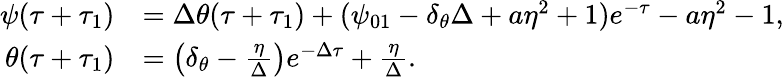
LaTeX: \begin{array}{rl}{\psi(\tau+\tau_{1})}&{=\Delta\theta(\tau+\tau_{1})+(\psi_{01}-\delta_{\theta}\Delta+a\eta^{2}+1)e^{-\tau}-a\eta^{2}-1,}\\ {\theta(\tau+\tau_{1})}&{=\left(\delta_{\theta}-\frac{\eta}{\Delta}\right)e^{-\Delta\tau}+\frac{\eta}{\Delta}.}\end{array}